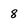
Character: 8